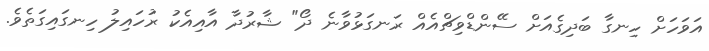
އަވަހަށް ހިނގާ ބަދިގެއަށް ސޭންޑްވިޗްއެއް ރަނގަޅުވާނެ ދޯ" ޝާރުދާ އާއިއެކު ރުހައިލު ހިނގައިގަތެވެ.